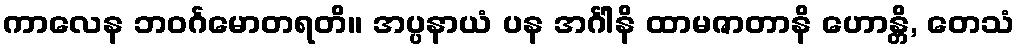
ကာလေန ဘဝင်္ဂမောတရတိ။ အပ္ပနာယံ ပန အင်္ဂါနိ ထာမဇာတာနိ ဟောန္တိ, တေသံ